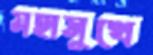
মহাসুখে